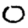
Digit: 0